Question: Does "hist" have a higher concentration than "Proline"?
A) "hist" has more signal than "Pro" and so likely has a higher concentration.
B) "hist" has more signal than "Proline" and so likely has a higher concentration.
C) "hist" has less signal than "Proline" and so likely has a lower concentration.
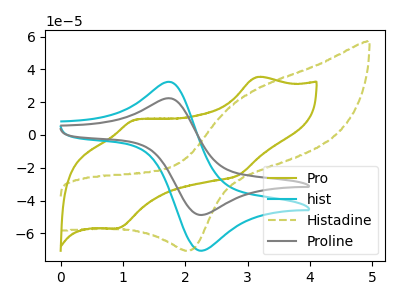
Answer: <think>The olive curve "Pro" has anodic peaks at (3.15V, 35.20uA) (1.20V, 9.20uA) and cathodic peaks at (2.85V, -24.65uA) (0.90V, -56.95uA). The cyan curve "hist" has an anodic peak at (1.80V, 32.10uA) and a cathodic peak at (2.25V, -70.65uA). The olive dashed curve "Histadine" has an anodic peak at (3.10V, 27.55uA) and a cathodic peak at (2.05V, -70.65uA). The gray curve "Proline" has an anodic peak at (1.80V, 22.20uA) and a cathodic peak at (2.25V, -48.85uA).
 All the peaks in "hist" have a peak in "Proline" at the same potential. Every peak in "hist" is higher than every peak in "Proline".</think>
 <answer>B) "hist" has more signal than "Proline" and so likely has a higher concentration.</answer>
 <eval>B</eval>